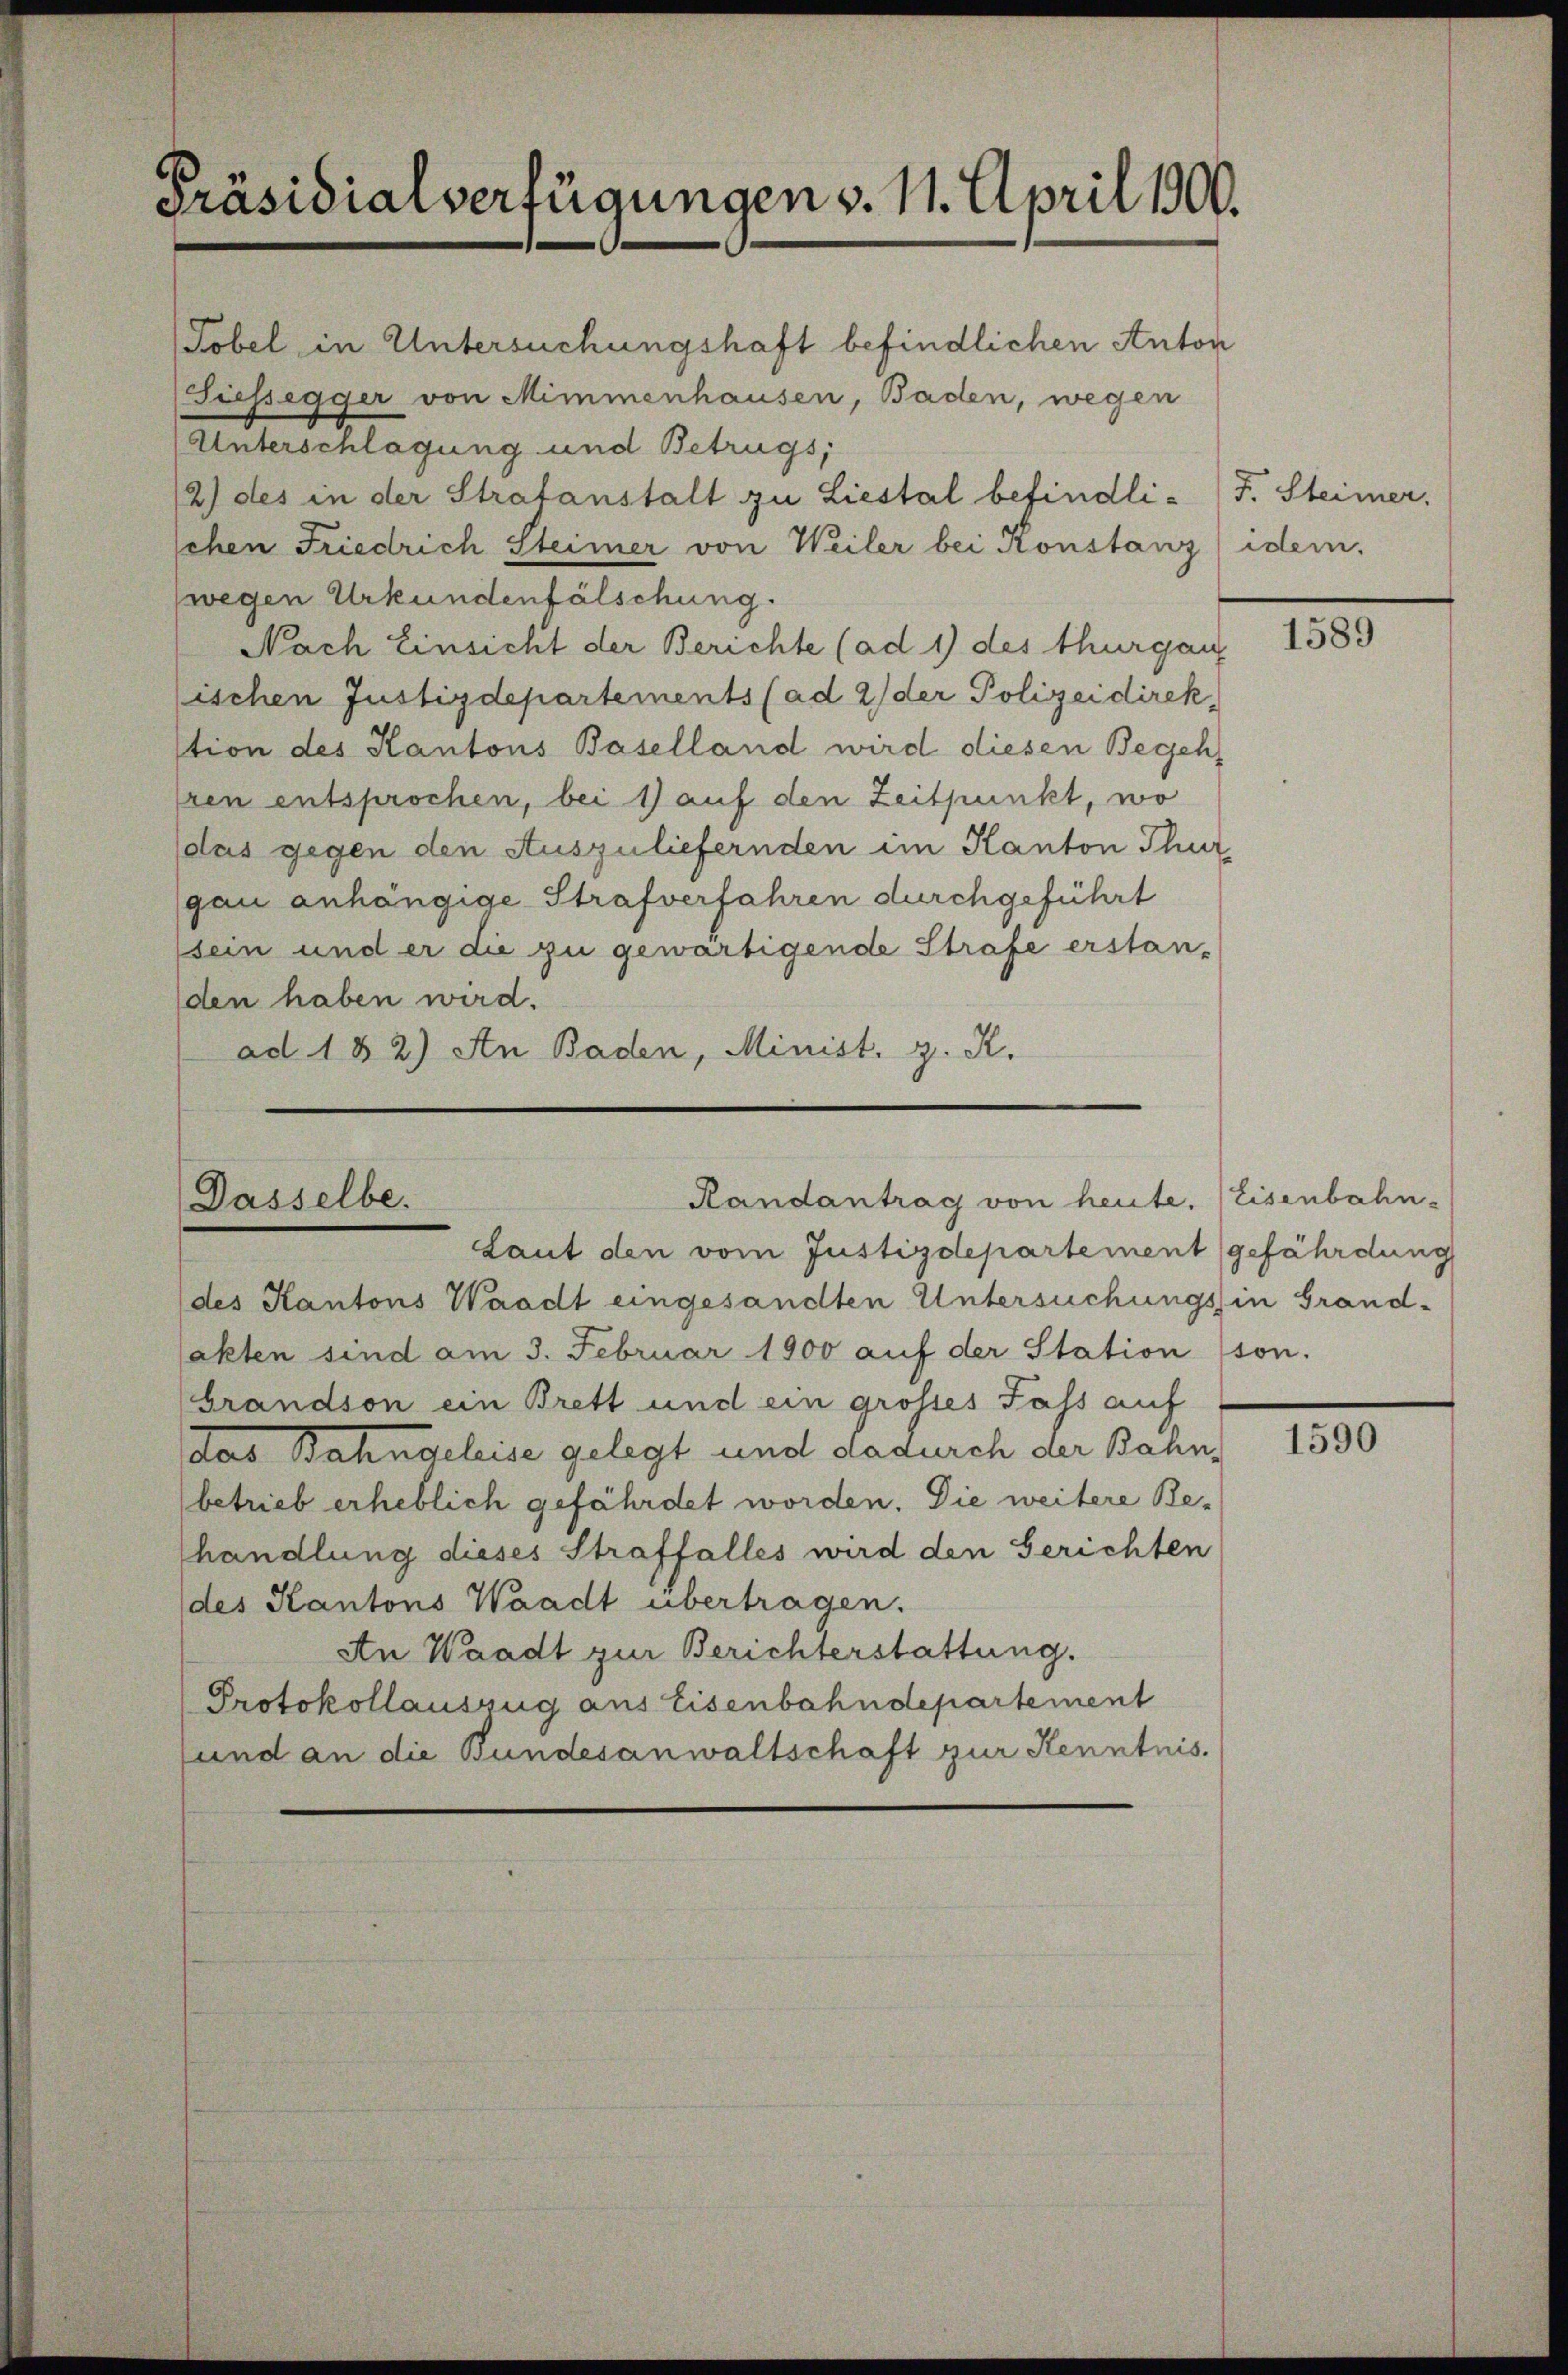
Präsidialverfügungen v. 11. April 1900.

Tobel in Untersuchungshaft befindlichen Anton
Siessegger von Mimmenhausen, Baden, wegen
Unterschlagung und Betrugs;
2) des in der Strafanstalt zu Liestal befindli-F. Steimer.
schen Friedrich Steimer von Weiler bei Konstanz idem
wegen Urkundenfälschung.
Nach Einsicht der Berichte (ad 1) des thurgau
ischen Justizdepartements (ad 2) der Polizeidirek
stion des Kantons Baselland wird diesen Begeh
Iren entsprochen, bei 1) auf den Zeitpunkt, wo
das gegen den Auszuliefernden im Kanton Thur
gau anhängige Strafverfahren durchgeführt
sein und er die zu gewärtigende Strafe erstan-
den haben wird.
ad 182) An Baden, Minist, z. R.

Dasselbe.

Laut den vom Justizdepartement gefährdung
des Kantons Waadt eingesandten Untersuchungsin Grand-
akten sind am 3. Februar 1900 aŭf der Station son.
Grandson ein Brett und ein grosses Fass auf
das Bahngeleise gelegt und dadurch der Bahnbetrieb erheblich gefährdet worden. Die weitere Be-
handlung dieses Straffalles wird den Gerichten
des Kantons Waadt übertragen.
An Waadt zur Berichterstattung.
Protokollauszug aus Eisenbahndepartement
sund an die Bundesanwaltschaft zur Kenntnis.

Randantrag von heute. Eisenbahn-

1589

1590